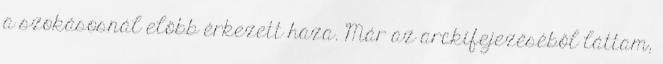
a szokásosnál előbb érkezett haza. Már az arckifejezéséből láttam,